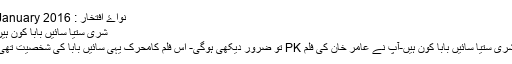
نواۓ افتخار : January 2016
شری ستیا سائیں بابا کون ہیں
شری ستیا سائیں بابا کون ہیں-آپ نے عامر خان کی فلم PK تو ضرور دیکھی ہوگی- اس فلم کامحرک یہی سائیں بابا کی شخصیت تھی۔